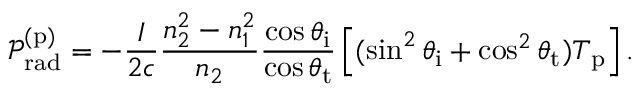
\mathcal { P } _ { \mathrm { r a d } } ^ { ( \mathrm { p } ) } = - \frac { I } { 2 c } \frac { n _ { 2 } ^ { 2 } - n _ { 1 } ^ { 2 } } { n _ { 2 } } \frac { \cos \theta _ { \mathrm { i } } } { \cos \theta _ { \mathrm { t } } } \left[ ( \sin ^ { 2 } \theta _ { \mathrm { i } } + \cos ^ { 2 } \theta _ { \mathrm { t } } ) T _ { \mathrm { p } } \right] .